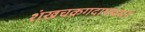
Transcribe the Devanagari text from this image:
शंखचक्रगदापद्मधरं